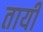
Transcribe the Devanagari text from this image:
तायी